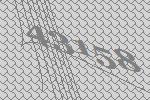
43158